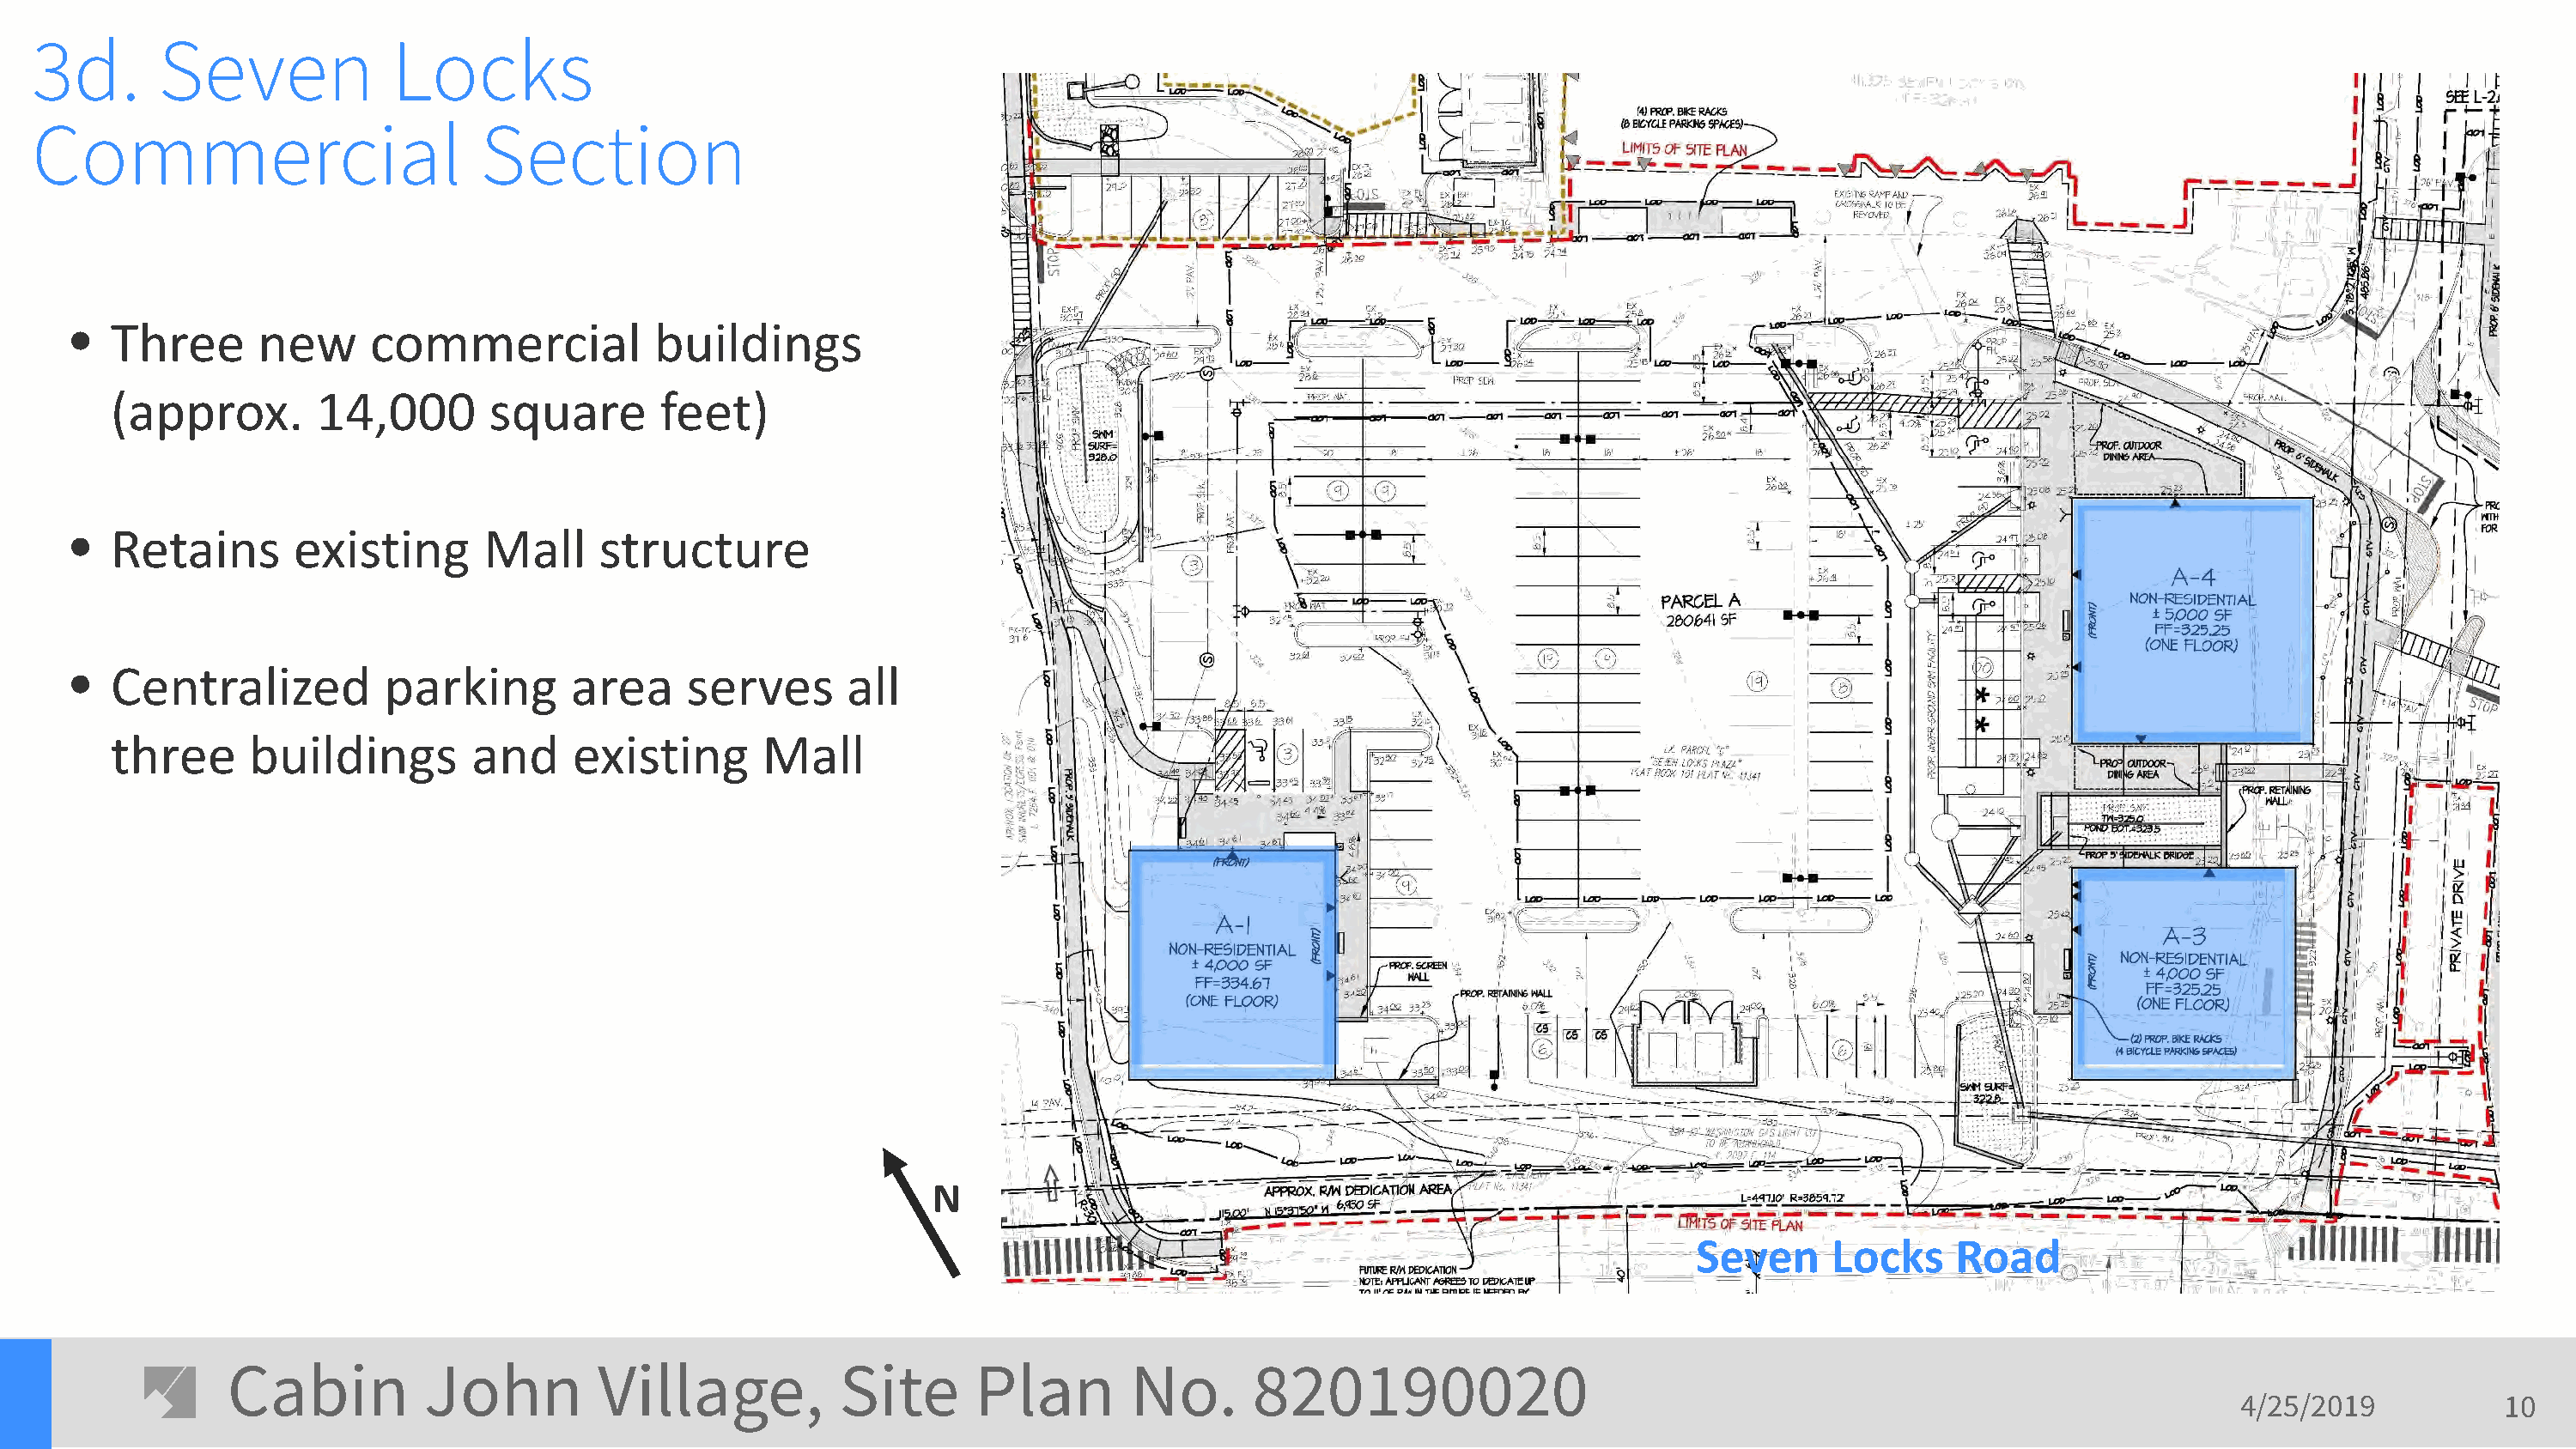
3d.       Seven             Locks
 Commercial                         Section
 •   Three      new      commercial           buildings
 (approx.       14,000        square       feet)
 •   Retains       existing      Mall     structure
 •   Centralized          parking       area     serves      all
 three     buildings        and     existing       Mall
 N
 Seven     Locks     Road
 Cabin          John         Village,           Site      Plan        No.       820190020
 4/25/2019           10